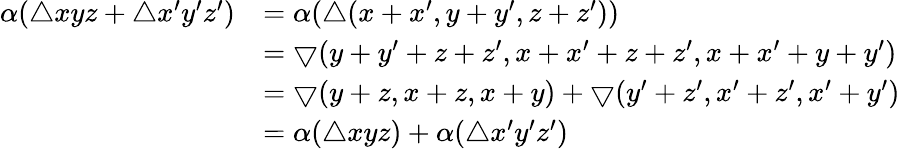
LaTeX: \begin{array}{rl}{\alpha(\bigtriangleup xyz+\bigtriangleup x^{\prime}y^{\prime}z^{\prime})}&{=\alpha(\bigtriangleup(x+x^{\prime},y+y^{\prime},z+z^{\prime}))}\\ &{=\bigtriangledown(y+y^{\prime}+z+z^{\prime},x+x^{\prime}+z+z^{\prime},x+x^{\prime}+y+y^{\prime})}\\ &{=\bigtriangledown(y+z,x+z,x+y)+\bigtriangledown(y^{\prime}+z^{\prime},x^{\prime}+z^{\prime},x^{\prime}+y^{\prime})}\\ &{=\alpha(\bigtriangleup xyz)+\alpha(\bigtriangleup x^{\prime}y^{\prime}z^{\prime})}\end{array}